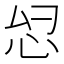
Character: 𫹹